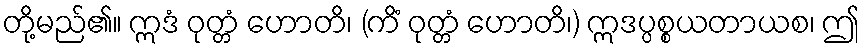
တို့မည်၏။ ဣဒံ ဝုတ္တံ ဟောတိ၊ (ကိံ ဝုတ္တံ ဟောတိ၊) ဣဒပ္ပစ္စယတာယစ၊ ဤ